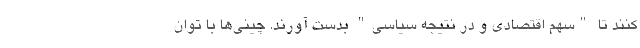
کنند تا "سهم اقتصادی و در نتیجه سیاسی" بدست آورند. چینی­ها با توانِ